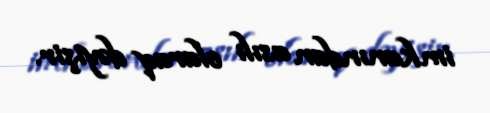
imkanından asılı olaraq dəyişir.